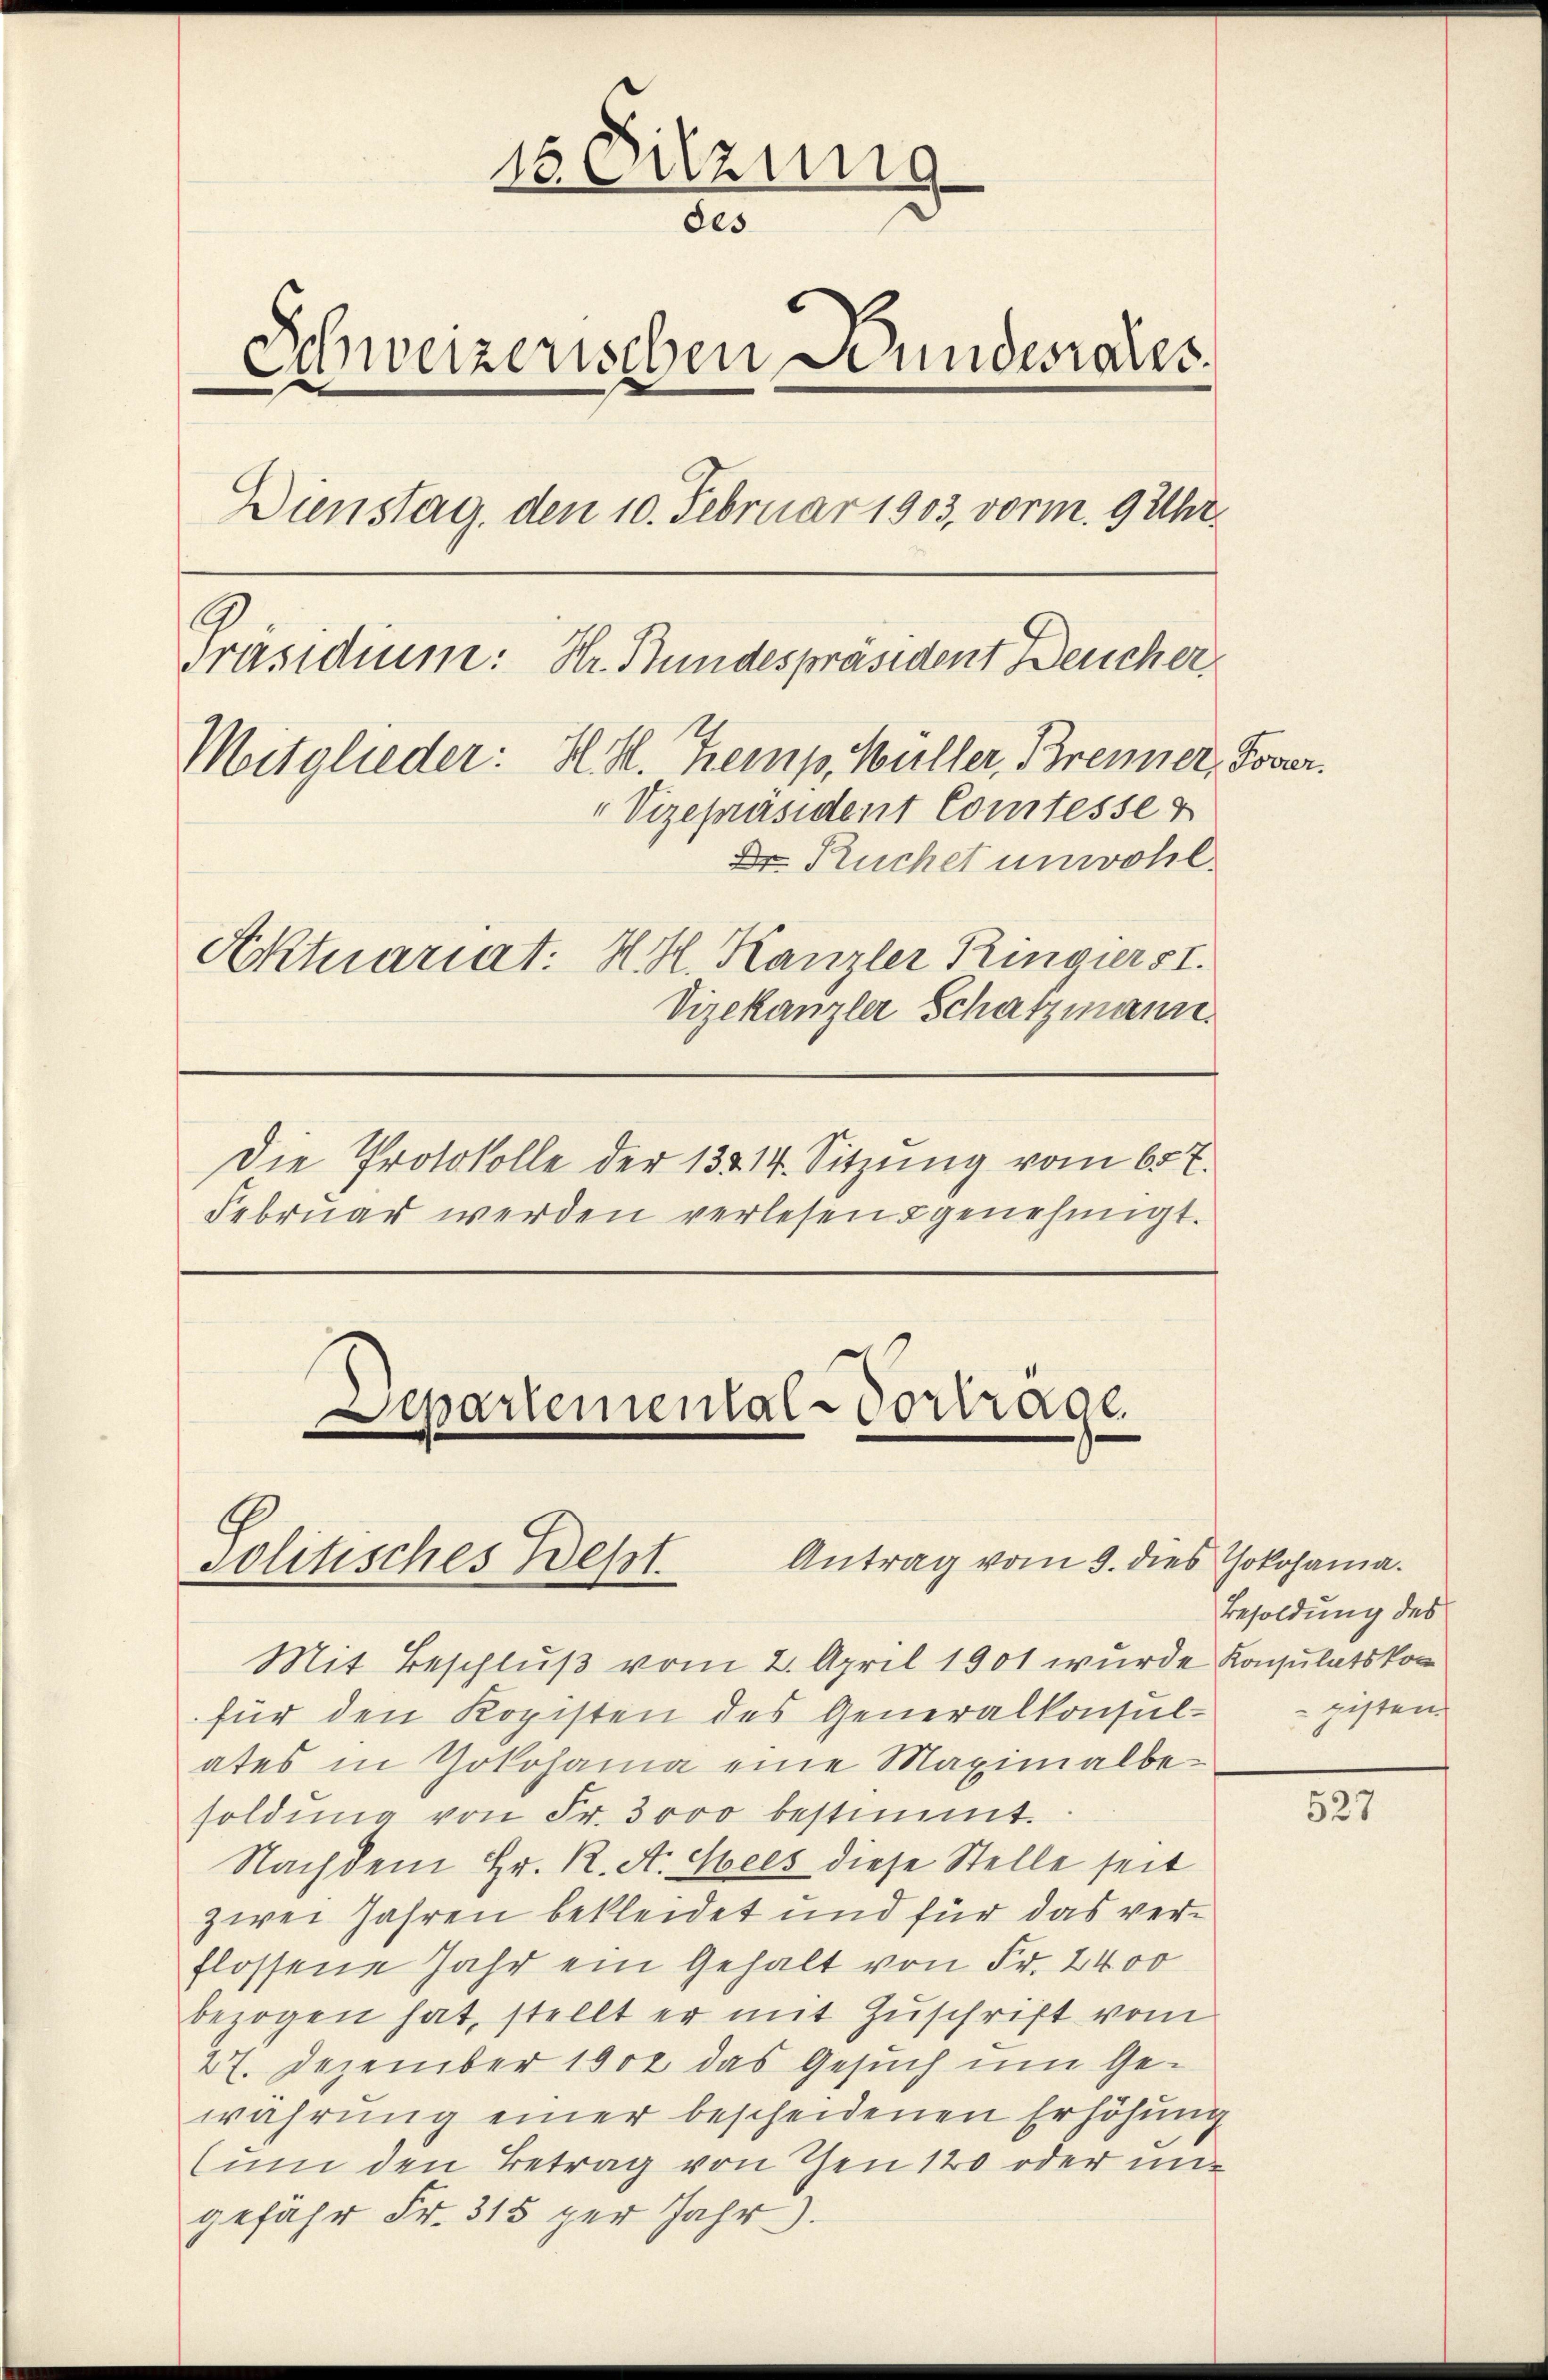
15 Sitzung
des
Schweizerischen Bundesrates.
e
Dienstag, den 10. Februar 1903, vorm. 9 Uhr
Ar
Präsidium: Hr. Stundespräsident Deucher
Mitglieder: H. H. Tremp. Müller, Brenner, Fover.
"Vizepräsident Comtesse &
Dr. Ruchet unwohl.
Aktuariat. H. H. Kanzler Ringier st
Vizekanzler Schatzmann.

Die Protokolle der 13214. Sitzung vom 65 t.
Februar werden verlesen genehmigt.

Aepartemental-Contrage.
e

Antrag vom 9. dies Jokohama.
solitisches Best

Mit Beschluß vom 2. April 1901 wurde Kopulatskon
für den Kopisten des Generalkonsul-
ates in Yokohama eine Maximalbesoldŭng von Fr. 3000 bestimmt.
Nachdem Hr. K. A. Hels diese Stelle seit
zwei Jahren bekleidet und für das verflossene Jahr ein Gehalt von Fr. 2400
bezogen hat, stellt er mit Zuschrift vom
27. Dezember 1902 das Gesuch um Gewährung einer bescheidenen Erhöhung
(ŭm den Betrag von Then 120 oder un
gefähr Fr. 315 per Jahr.

Besoldung des
gisten.

527